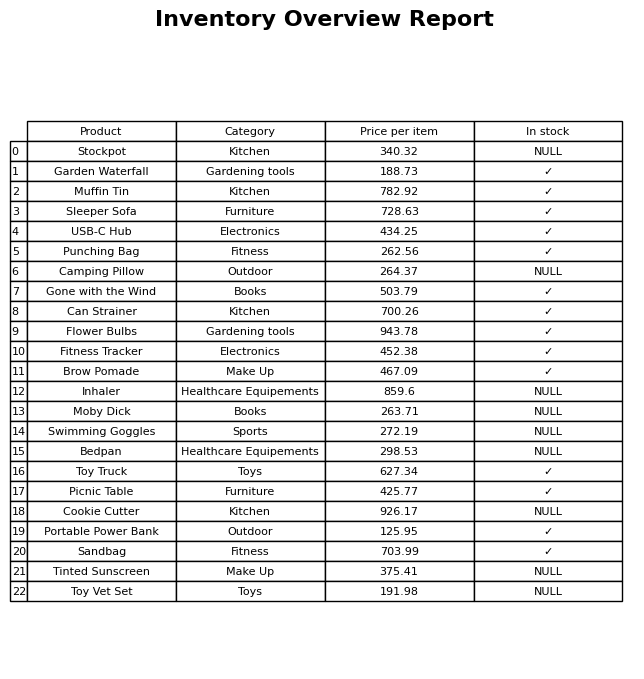
question: What is the stock status of the Toy Vet Set?
answer: NULL